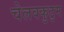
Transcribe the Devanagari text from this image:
चेलवकुटुम